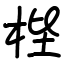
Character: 梐